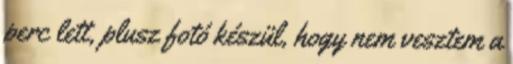
perc lett, plusz fotó készül, hogy nem vesztem a